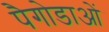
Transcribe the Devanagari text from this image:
पैगोडाओं